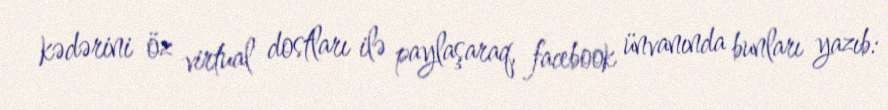
kədərini öz virtual dostları ilə paylaşaraq, facebook ünvanında bunları yazıb: